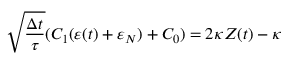
\sqrt { \frac { \Delta t } { \tau } } ( C _ { 1 } ( \varepsilon ( t ) + \varepsilon _ { N } ) + C _ { 0 } ) = 2 \kappa Z ( t ) - \kappa